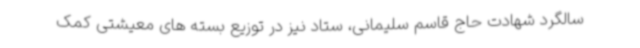
سالگرد شهادت حاج قاسم سلیمانی، ستاد نیز در توزیع بسته های معیشتی کمک